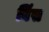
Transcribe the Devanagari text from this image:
बिंस